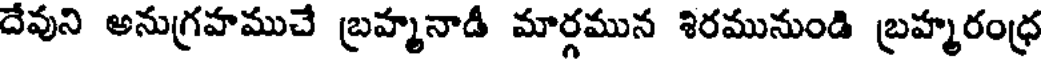
దేవుని అనుగ్రహముచే బ్రహ్మనాడీ మార్గమున శిరమునుండి బ్రహ్మరంధ్ర